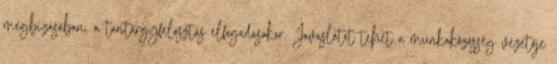
megbízásában, a tantárgyfelosztás elfogadásakor. Javaslatot tehet a munkaközösség vezetője